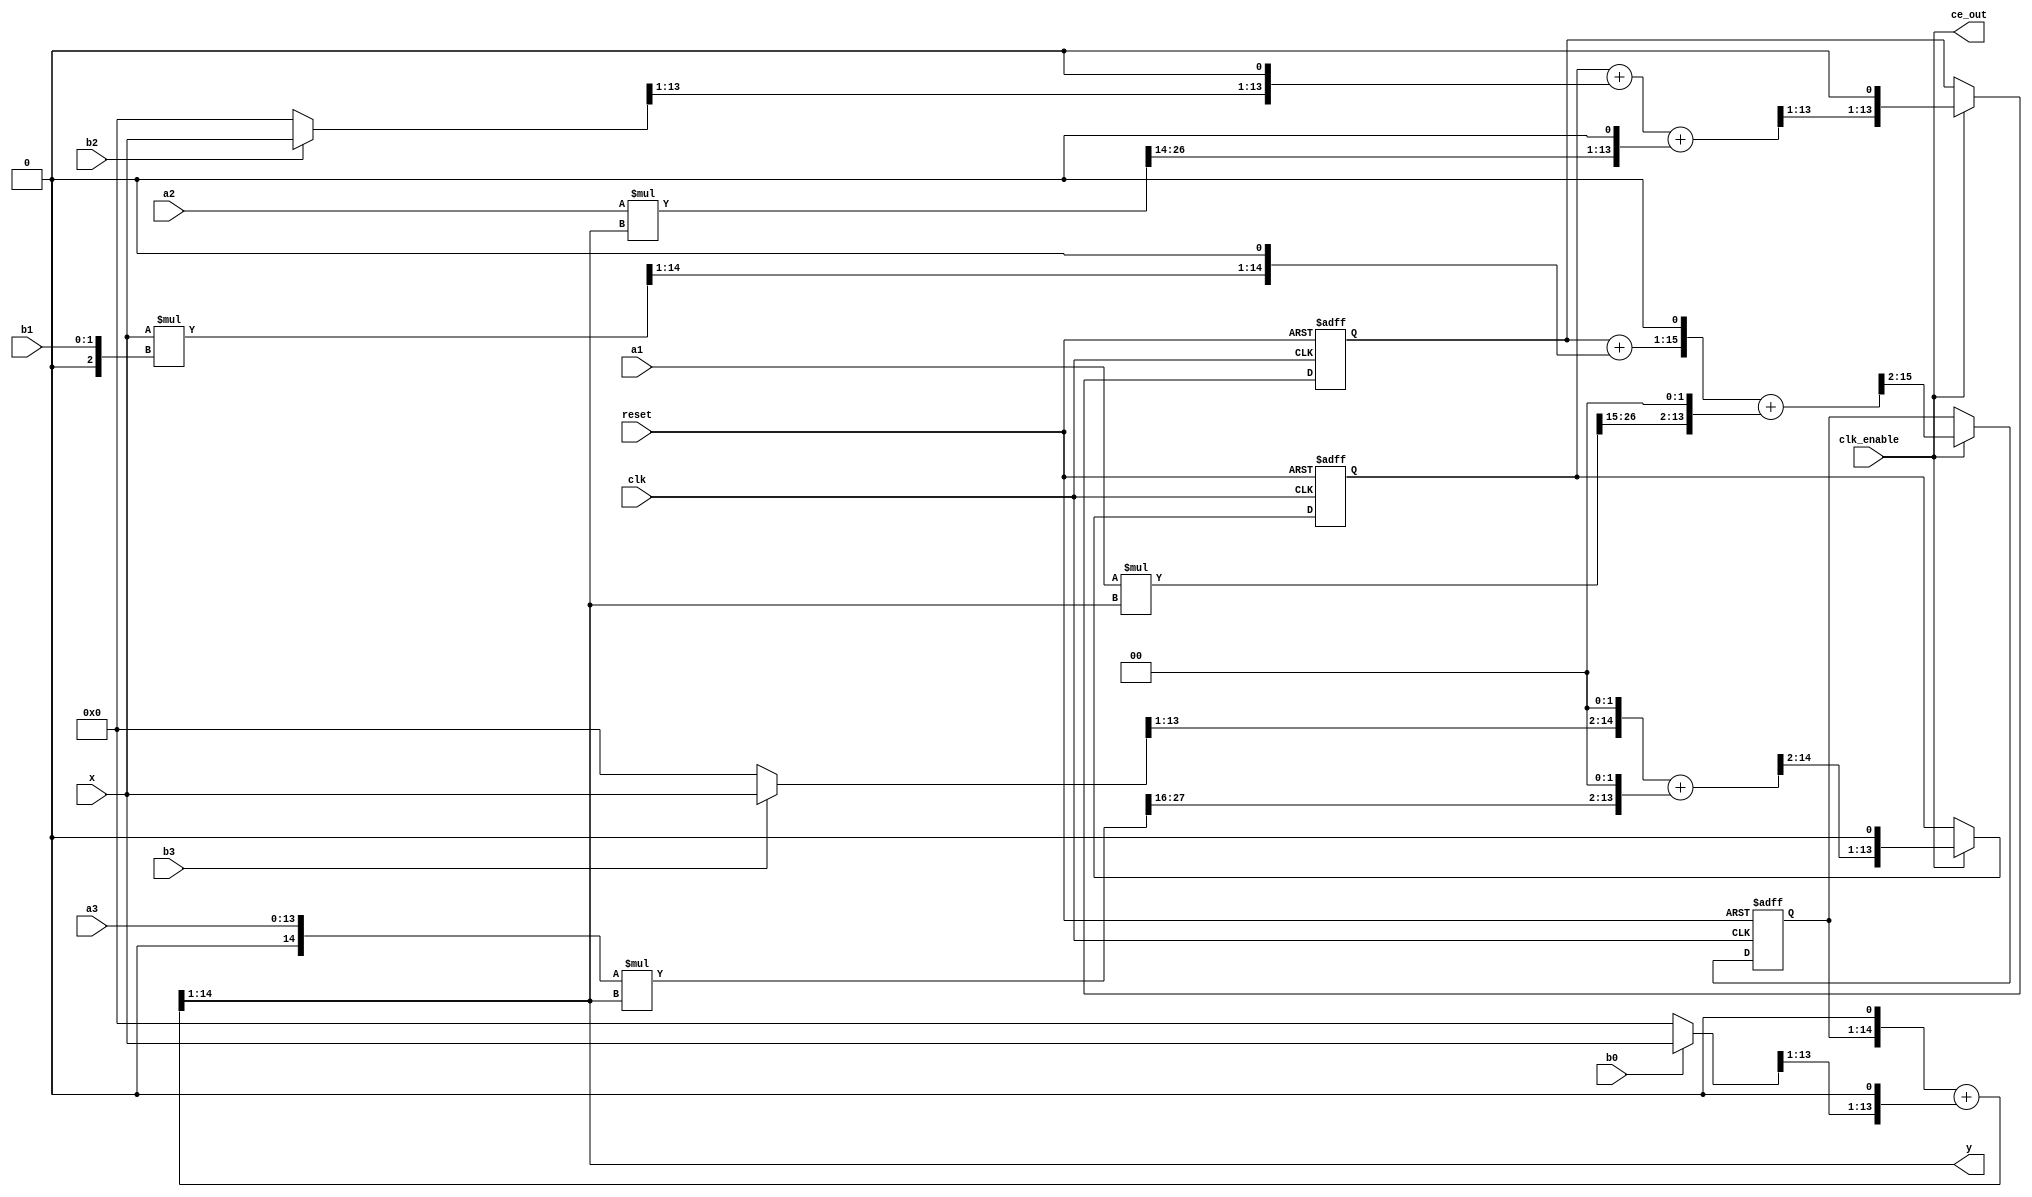
// -------------------------------------------------------------
// 
// 
// Generated by MATLAB 9.7, MATLAB Coder 4.3 and HDL Coder 3.15
// 
// 
// 
// -- -------------------------------------------------------------
// -- Rate and Clocking Details
// -- -------------------------------------------------------------
// Design base rate: 1
// 
// 
// Clock Enable  Sample Time
// -- -------------------------------------------------------------
// ce_out        1
// -- -------------------------------------------------------------
// 
// 
// Output Signal                 Clock Enable  Sample Time
// -- -------------------------------------------------------------
// y                             ce_out        1
// -- -------------------------------------------------------------
// 
// -------------------------------------------------------------


// -------------------------------------------------------------
// 
// Module: TransposeDForm_Figure3_GeneratedCode_fixpt
// Source Path: TransposeDForm_Figure3_GeneratedCode_fixpt
// Hierarchy Level: 0
// 
// -------------------------------------------------------------

`timescale 1 ns / 1 ns

module TransposeDForm_Figure3_GeneratedCode_fixpt
          (clk,
           reset,
           clk_enable,
           x,
           a1,
           a2,
           a3,
           b0,
           b1,
           b2,
           b3,
           ce_out,
           y);


  input   clk;
  input   reset;
  input   clk_enable;
  input   signed [13:0] x;  // sfix14_En12
  input   signed [13:0] a1;  // sfix14_En15
  input   signed [13:0] a2;  // sfix14_En14
  input   [13:0] a3;  // ufix14_En16
  input   b0;  // ufix1
  input   [1:0] b1;  // ufix2
  input   b2;  // ufix1
  input   b3;  // ufix1
  output  ce_out;
  output  signed [13:0] y;  // sfix14_En11


  wire enb;
  wire signed [13:0] n4_mul;  // sfix14_En12
  wire signed [13:0] p6n4_mul_1;  // sfix14_En12
  wire signed [14:0] p6n4_mul_cast;  // sfix15_En12
  wire signed [13:0] p6n4_mul_cast_1;  // sfix14_En11
  wire signed [13:0] n3_mul;  // sfix14_En12
  wire signed [13:0] p5n3_mul_1;  // sfix14_En12
  wire signed [14:0] p5n3_mul_cast;  // sfix15_En12
  wire signed [13:0] p5n3_mul_cast_1;  // sfix14_En11
  wire signed [13:0] n2_mul;  // sfix14_En11
  wire signed [2:0] p4n2_mul_cast;  // sfix3
  wire signed [16:0] p4n2_mul_mul_temp;  // sfix17_En12
  wire signed [15:0] p4n2_mul_cast_1;  // sfix16_En12
  wire signed [13:0] n1_mul;  // sfix14_En12
  wire signed [13:0] p3n1_mul_1;  // sfix14_En12
  wire signed [14:0] p3n1_mul_cast;  // sfix15_En12
  wire signed [13:0] p3n1_mul_cast_1;  // sfix14_En11
  wire signed [13:0] n8_add;  // sfix14_En11
  wire signed [13:0] n5_mul;  // sfix14_En13
  wire signed [27:0] p9n5_mul_mul_temp;  // sfix28_En26
  wire signed [13:0] p9n5_mul_cast;  // sfix14_En11
  wire signed [13:0] n6_mul;  // sfix14_En12
  wire signed [27:0] p10n6_mul_mul_temp;  // sfix28_En25
  wire signed [13:0] p10n6_mul_cast;  // sfix14_En11
  wire signed [13:0] n7_mul;  // sfix14_En13
  wire signed [14:0] p11n7_mul_cast;  // sfix15_En16
  wire signed [28:0] p11n7_mul_mul_temp;  // sfix29_En27
  wire signed [27:0] p11n7_mul_cast_1;  // sfix28_En27
  wire signed [13:0] p11n7_mul_cast_2;  // sfix14_En11
  wire signed [13:0] tmp;  // sfix14_En12
  wire signed [15:0] p18tmp_add_cast;  // sfix16_En13
  wire signed [15:0] p18tmp_add_cast_1;  // sfix16_En13
  wire signed [15:0] p18tmp_add_temp;  // sfix16_En13
  wire signed [13:0] p18tmp_cast;  // sfix14_En11
  reg signed [13:0] n11_add_reg_1;  // sfix14_En12
  wire signed [13:0] tmp_1;  // sfix14_En12
  wire signed [14:0] p16tmp_add_cast;  // sfix15_En12
  wire signed [14:0] p16tmp_add_cast_1;  // sfix15_En12
  wire signed [14:0] p16tmp_add_temp;  // sfix15_En12
  wire signed [15:0] p16tmp_add_cast_2;  // sfix16_En12
  wire signed [15:0] p16tmp_add_cast_3;  // sfix16_En12
  wire signed [15:0] p16tmp_add_temp_1;  // sfix16_En12
  wire signed [13:0] p16tmp_cast;  // sfix14_En11
  reg signed [13:0] n10_add_reg_1;  // sfix14_En12
  wire signed [13:0] tmp_2;  // sfix14_En11
  wire signed [15:0] p13tmp_add_cast;  // sfix16_En12
  wire signed [15:0] p13tmp_add_cast_1;  // sfix16_En12
  wire signed [15:0] p13tmp_add_temp;  // sfix16_En12
  wire signed [17:0] p13tmp_add_cast_2;  // sfix18_En13
  wire signed [17:0] p13tmp_add_cast_3;  // sfix18_En13
  wire signed [17:0] p13tmp_add_temp_1;  // sfix18_En13
  reg signed [13:0] n9_add_reg_1;  // sfix14_En11
  wire signed [15:0] p8n8_add_add_cast;  // sfix16_En12
  wire signed [15:0] p8n8_add_add_cast_1;  // sfix16_En12
  wire signed [15:0] p8n8_add_add_temp;  // sfix16_En12


  assign p6n4_mul_1 = (b3 == 1'b1 ? x :
              14'sb00000000000000);
  assign p6n4_mul_cast = {p6n4_mul_1[13], p6n4_mul_1};
  assign p6n4_mul_cast_1 = p6n4_mul_cast[14:1];
  assign n4_mul = {p6n4_mul_cast_1[12:0], 1'b0};



  assign enb = clk_enable;

  assign p5n3_mul_1 = (b2 == 1'b1 ? x :
              14'sb00000000000000);
  assign p5n3_mul_cast = {p5n3_mul_1[13], p5n3_mul_1};
  assign p5n3_mul_cast_1 = p5n3_mul_cast[14:1];
  assign n3_mul = {p5n3_mul_cast_1[12:0], 1'b0};



  assign p4n2_mul_cast = {1'b0, b1};
  assign p4n2_mul_mul_temp = x * p4n2_mul_cast;
  assign p4n2_mul_cast_1 = p4n2_mul_mul_temp[15:0];
  assign n2_mul = p4n2_mul_cast_1[14:1];



  // HDL code generation from MATLAB function: TransposeDForm_Figure3_GeneratedCode_fixpt
  // 
  // %%%%%%%%%%%%%%%%%%%%%%%%%%%%%%%%%%%%%%%%%%%%%%%%%%%%%%%%%%%%%%%%%%%%%%%%%%%
  // 
  //                                                                          %
  // 
  //           Generated by MATLAB 9.7 and Fixed-Point Designer 6.4           %
  // 
  //                                                                          %
  // 
  // %%%%%%%%%%%%%%%%%%%%%%%%%%%%%%%%%%%%%%%%%%%%%%%%%%%%%%%%%%%%%%%%%%%%%%%%%%%
  assign p3n1_mul_1 = (b0 == 1'b1 ? x :
              14'sb00000000000000);
  assign p3n1_mul_cast = {p3n1_mul_1[13], p3n1_mul_1};
  assign p3n1_mul_cast_1 = p3n1_mul_cast[14:1];
  assign n1_mul = {p3n1_mul_cast_1[12:0], 1'b0};



  assign p9n5_mul_mul_temp = a1 * n8_add;
  assign p9n5_mul_cast = {p9n5_mul_mul_temp[27], p9n5_mul_mul_temp[27:15]};
  assign n5_mul = {p9n5_mul_cast[11:0], 2'b00};



  assign p10n6_mul_mul_temp = a2 * n8_add;
  assign p10n6_mul_cast = p10n6_mul_mul_temp[27:14];
  assign n6_mul = {p10n6_mul_cast[12:0], 1'b0};



  assign p11n7_mul_cast = {1'b0, a3};
  assign p11n7_mul_mul_temp = p11n7_mul_cast * n8_add;
  assign p11n7_mul_cast_1 = p11n7_mul_mul_temp[27:0];
  assign p11n7_mul_cast_2 = {{2{p11n7_mul_cast_1[27]}}, p11n7_mul_cast_1[27:16]};
  assign n7_mul = {p11n7_mul_cast_2[11:0], 2'b00};



  assign p18tmp_add_cast = {n4_mul[13], {n4_mul, 1'b0}};
  assign p18tmp_add_cast_1 = {{2{n7_mul[13]}}, n7_mul};
  assign p18tmp_add_temp = p18tmp_add_cast + p18tmp_add_cast_1;
  assign p18tmp_cast = p18tmp_add_temp[15:2];
  assign tmp = {p18tmp_cast[12:0], 1'b0};



  always @(posedge clk or posedge reset)
    begin : n11_add_reg_1_reg_process
      if (reset == 1'b1) begin
        n11_add_reg_1 <= 14'sb00000000000000;
      end
      else begin
        if (enb) begin
          n11_add_reg_1 <= tmp;
        end
      end
    end



  assign p16tmp_add_cast = {n11_add_reg_1[13], n11_add_reg_1};
  assign p16tmp_add_cast_1 = {n3_mul[13], n3_mul};
  assign p16tmp_add_temp = p16tmp_add_cast + p16tmp_add_cast_1;
  assign p16tmp_add_cast_2 = {p16tmp_add_temp[14], p16tmp_add_temp};
  assign p16tmp_add_cast_3 = {{2{n6_mul[13]}}, n6_mul};
  assign p16tmp_add_temp_1 = p16tmp_add_cast_2 + p16tmp_add_cast_3;
  assign p16tmp_cast = p16tmp_add_temp_1[14:1];
  assign tmp_1 = {p16tmp_cast[12:0], 1'b0};



  always @(posedge clk or posedge reset)
    begin : n10_add_reg_1_reg_process
      if (reset == 1'b1) begin
        n10_add_reg_1 <= 14'sb00000000000000;
      end
      else begin
        if (enb) begin
          n10_add_reg_1 <= tmp_1;
        end
      end
    end



  assign p13tmp_add_cast = {{2{n10_add_reg_1[13]}}, n10_add_reg_1};
  assign p13tmp_add_cast_1 = {n2_mul[13], {n2_mul, 1'b0}};
  assign p13tmp_add_temp = p13tmp_add_cast + p13tmp_add_cast_1;
  assign p13tmp_add_cast_2 = {p13tmp_add_temp[15], {p13tmp_add_temp, 1'b0}};
  assign p13tmp_add_cast_3 = {{4{n5_mul[13]}}, n5_mul};
  assign p13tmp_add_temp_1 = p13tmp_add_cast_2 + p13tmp_add_cast_3;
  assign tmp_2 = p13tmp_add_temp_1[15:2];



  always @(posedge clk or posedge reset)
    begin : n9_add_reg_1_reg_process
      if (reset == 1'b1) begin
        n9_add_reg_1 <= 14'sb00000000000000;
      end
      else begin
        if (enb) begin
          n9_add_reg_1 <= tmp_2;
        end
      end
    end



  assign p8n8_add_add_cast = {n9_add_reg_1[13], {n9_add_reg_1, 1'b0}};
  assign p8n8_add_add_cast_1 = {{2{n1_mul[13]}}, n1_mul};
  assign p8n8_add_add_temp = p8n8_add_add_cast + p8n8_add_add_cast_1;
  assign n8_add = p8n8_add_add_temp[14:1];



  assign ce_out = clk_enable;

  assign y = n8_add;

endmodule  // TransposeDForm_Figure3_GeneratedCode_fixpt